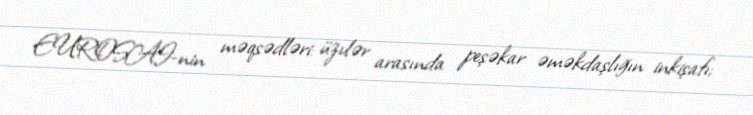
EUROSAI-nin məqsədləri: üzvlər arasında peşəkar əməkdaşlığın inkişafı;